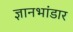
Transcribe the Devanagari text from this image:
ज्ञानभांडार